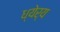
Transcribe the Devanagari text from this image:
ध्येर्य